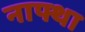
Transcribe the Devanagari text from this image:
नाफ्था